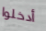
أدخلوا